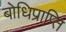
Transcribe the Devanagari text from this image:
बोधिप्राप्ति